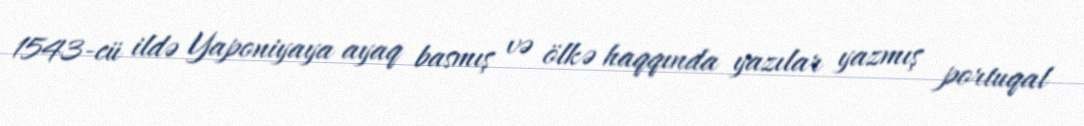
1543-cü ildə Yaponiyaya ayaq basmış və ölkə haqqında yazılar yazmış portuqal